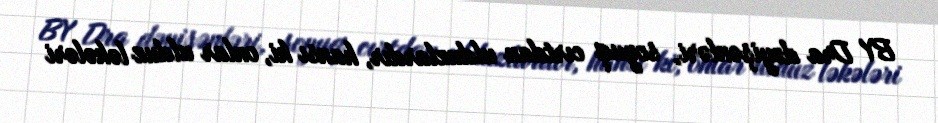
BY Dra dəyişənləri, soyuq cırtdan ulduzlardır, hansı ki, onlar ulduz ləkələri